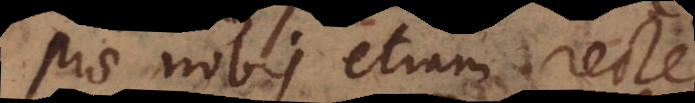
Prae nobis etiam recte